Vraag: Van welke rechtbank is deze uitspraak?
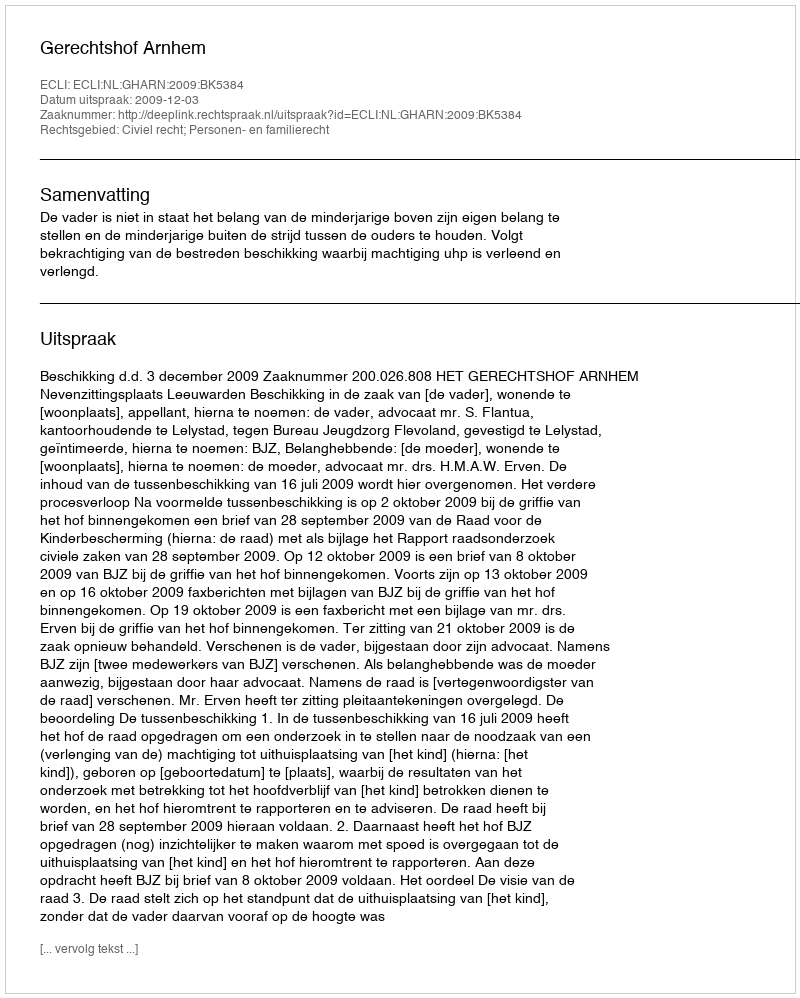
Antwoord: Gerechtshof Arnhem